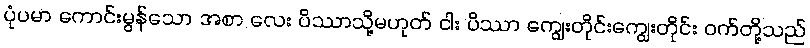
ပုံပမာ ကောင်းမွန်သော အစာ လေး ပိဿာသို့မဟုတ် ငါး ပိဿာ ကျွေးတိုင်းကျွေးတိုင်း ဝက်တို့သည်